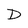
Character: D